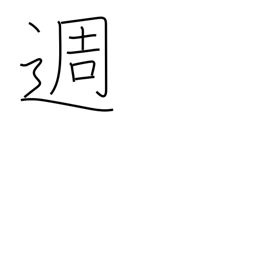
Meaning: week